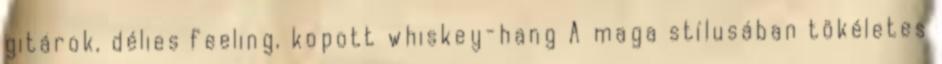
gitárok, délies feeling, kopott whiskey-hang A maga stílusában tökéletes